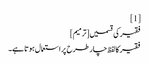
[1]
فقیر کی قسمیں[ترمیم]
فقیر کا لفظ چار طرح پر استعمال ہوتا ہے۔